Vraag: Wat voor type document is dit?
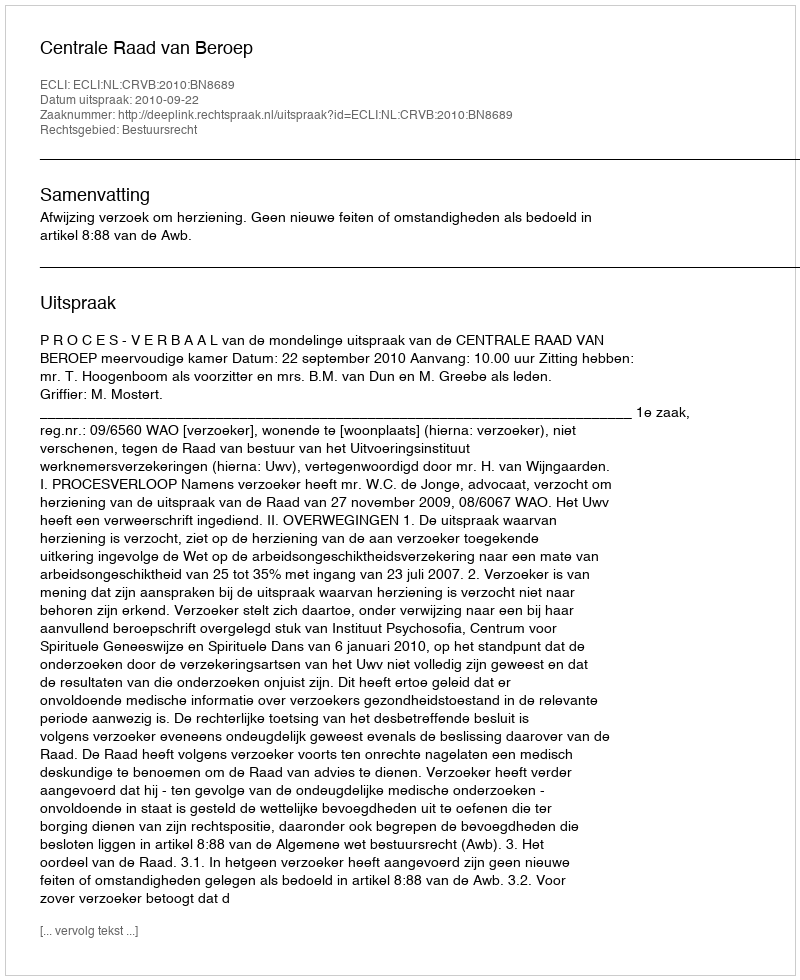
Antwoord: Uitspraak